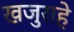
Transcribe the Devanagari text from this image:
खजुराहे